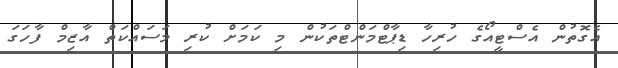
އެގޮތުން އެސްޓީއޯގެ ހުރިހާ ޑިޕާޓްމަންޓްތަކުން މި ކަމަށް ކުރި މަސައްކަތް އާޒިމް ފާހަގަ